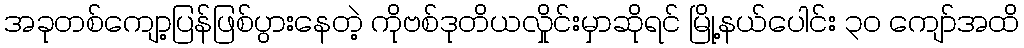
အခုတစ်ကျော့ပြန်ဖြစ်ပွားနေတဲ့ ကိုဗစ်ဒုတိယလှိုင်းမှာဆိုရင် မြို့နယ်ပေါင်း ၃၀ ကျော်အထိ